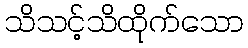
သိသင့်သိထိုက်သော